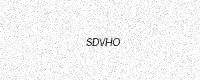
Text: SDVHO